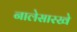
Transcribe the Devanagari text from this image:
नालेसारखे